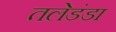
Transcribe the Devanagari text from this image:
तलेडंडा